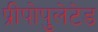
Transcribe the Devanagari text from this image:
प्रीपोपुलेटेड